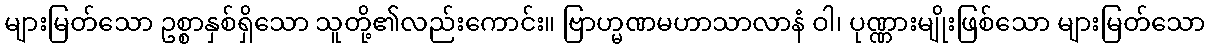
များမြတ်သော ဥစ္စာနှစ်ရှိသော သူတို့၏လည်းကောင်း။ ဗြာဟ္မဏမဟာသာလာနံ ဝါ၊ ပုဏ္ဏားမျိုးဖြစ်သော များမြတ်သော